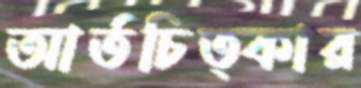
আর্তচিত্কার